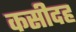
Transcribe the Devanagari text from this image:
कसीदह